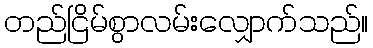
တည်ငြိမ်စွာလမ်းလျှောက်သည်။